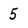
Character: 5